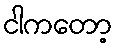
ငါကတော့